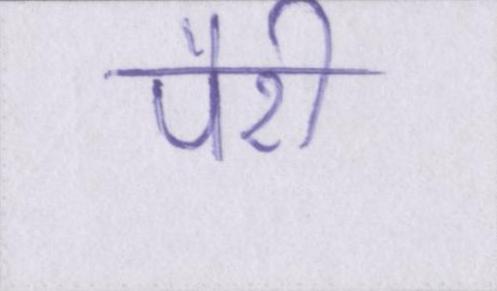
पैरी